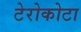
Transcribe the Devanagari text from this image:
टेरोकोटा